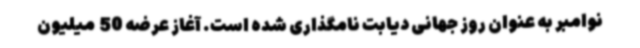
نوامبر به عنوان روز جهانی دیابت نامگذاری شده است. آغاز عرضه 50  میلیون